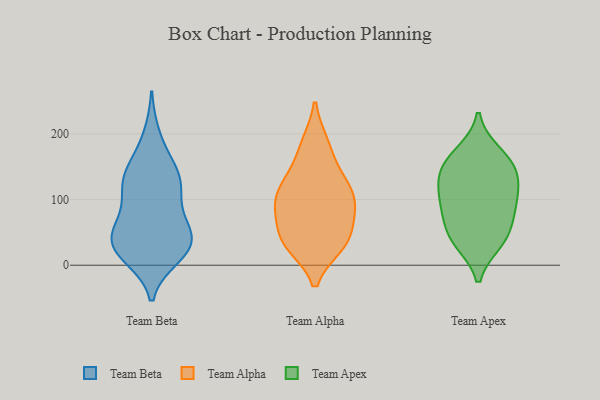
{"axis": {"x": "Market Share (%)", "y": "Value"}, "legend": ["Team Alpha", "Team Apex", "Team Beta"], "data": [{"x": "", "y": 39, "type": "Team Beta"}, {"x": "", "y": 22, "type": "Team Beta"}, {"x": "", "y": 137, "type": "Team Beta"}, {"x": "", "y": 82, "type": "Team Beta"}, {"x": "", "y": 131, "type": "Team Beta"}, {"x": "", "y": 27, "type": "Team Beta"}, {"x": "", "y": 127, "type": "Team Beta"}, {"x": "", "y": 197, "type": "Team Beta"}, {"x": "", "y": 108, "type": "Team Beta"}, {"x": "", "y": 125, "type": "Team Beta"}, {"x": "", "y": 27, "type": "Team Beta"}, {"x": "", "y": 14, "type": "Team Beta"}, {"x": "", "y": 26, "type": "Team Beta"}, {"x": "", "y": 158, "type": "Team Beta"}, {"x": "", "y": 59, "type": "Team Beta"}, {"x": "", "y": 54, "type": "Team Beta"}, {"x": "", "y": 49, "type": "Team Beta"}, {"x": "", "y": 109, "type": "Team Alpha"}, {"x": "", "y": 87, "type": "Team Alpha"}, {"x": "", "y": 48, "type": "Team Alpha"}, {"x": "", "y": 33, "type": "Team Alpha"}, {"x": "", "y": 118, "type": "Team Alpha"}, {"x": "", "y": 81, "type": "Team Alpha"}, {"x": "", "y": 181, "type": "Team Alpha"}, {"x": "", "y": 90, "type": "Team Alpha"}, {"x": "", "y": 31, "type": "Team Alpha"}, {"x": "", "y": 91, "type": "Team Alpha"}, {"x": "", "y": 134, "type": "Team Alpha"}, {"x": "", "y": 36, "type": "Team Alpha"}, {"x": "", "y": 34, "type": "Team Alpha"}, {"x": "", "y": 132, "type": "Team Alpha"}, {"x": "", "y": 185, "type": "Team Alpha"}, {"x": "", "y": 171, "type": "Team Apex"}, {"x": "", "y": 159, "type": "Team Apex"}, {"x": "", "y": 100, "type": "Team Apex"}, {"x": "", "y": 46, "type": "Team Apex"}, {"x": "", "y": 109, "type": "Team Apex"}, {"x": "", "y": 130, "type": "Team Apex"}, {"x": "", "y": 134, "type": "Team Apex"}, {"x": "", "y": 39, "type": "Team Apex"}, {"x": "", "y": 83, "type": "Team Apex"}, {"x": "", "y": 36, "type": "Team Apex"}, {"x": "", "y": 78, "type": "Team Apex"}, {"x": "", "y": 152, "type": "Team Apex"}]}